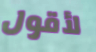
لأقول